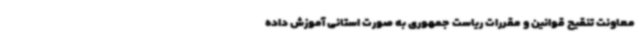
معاونت تنقیح قوانین و مقررات ریاست جمهوری به صورت استانی آموزش داده